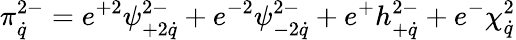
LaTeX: \pi_{\dot{q}}^{2-}=e^{+2}\psi_{+2\dot{q}}^{2-}+e^{-2}\psi_{-2\dot{q}}^{2-}+e^{+}h_{+\dot{q}}^{2-}+e^{-}\chi_{\dot{q}}^{2}